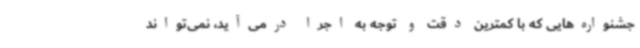
جشنواره‌هایی که با کمترین دقت و توجه به اجرا درمی‌آید، نمی‌تواند